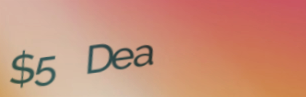
$5 Deal